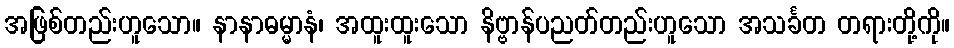
အဖြစ်တည်းဟူသော။ နာနာဓမ္မာနံ၊ အထူးထူးသော နိဗ္ဗာန်ပညတ်တည်းဟူသော အသင်္ခတ တရားတို့ကို။